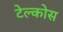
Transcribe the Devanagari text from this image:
टेल्कोस